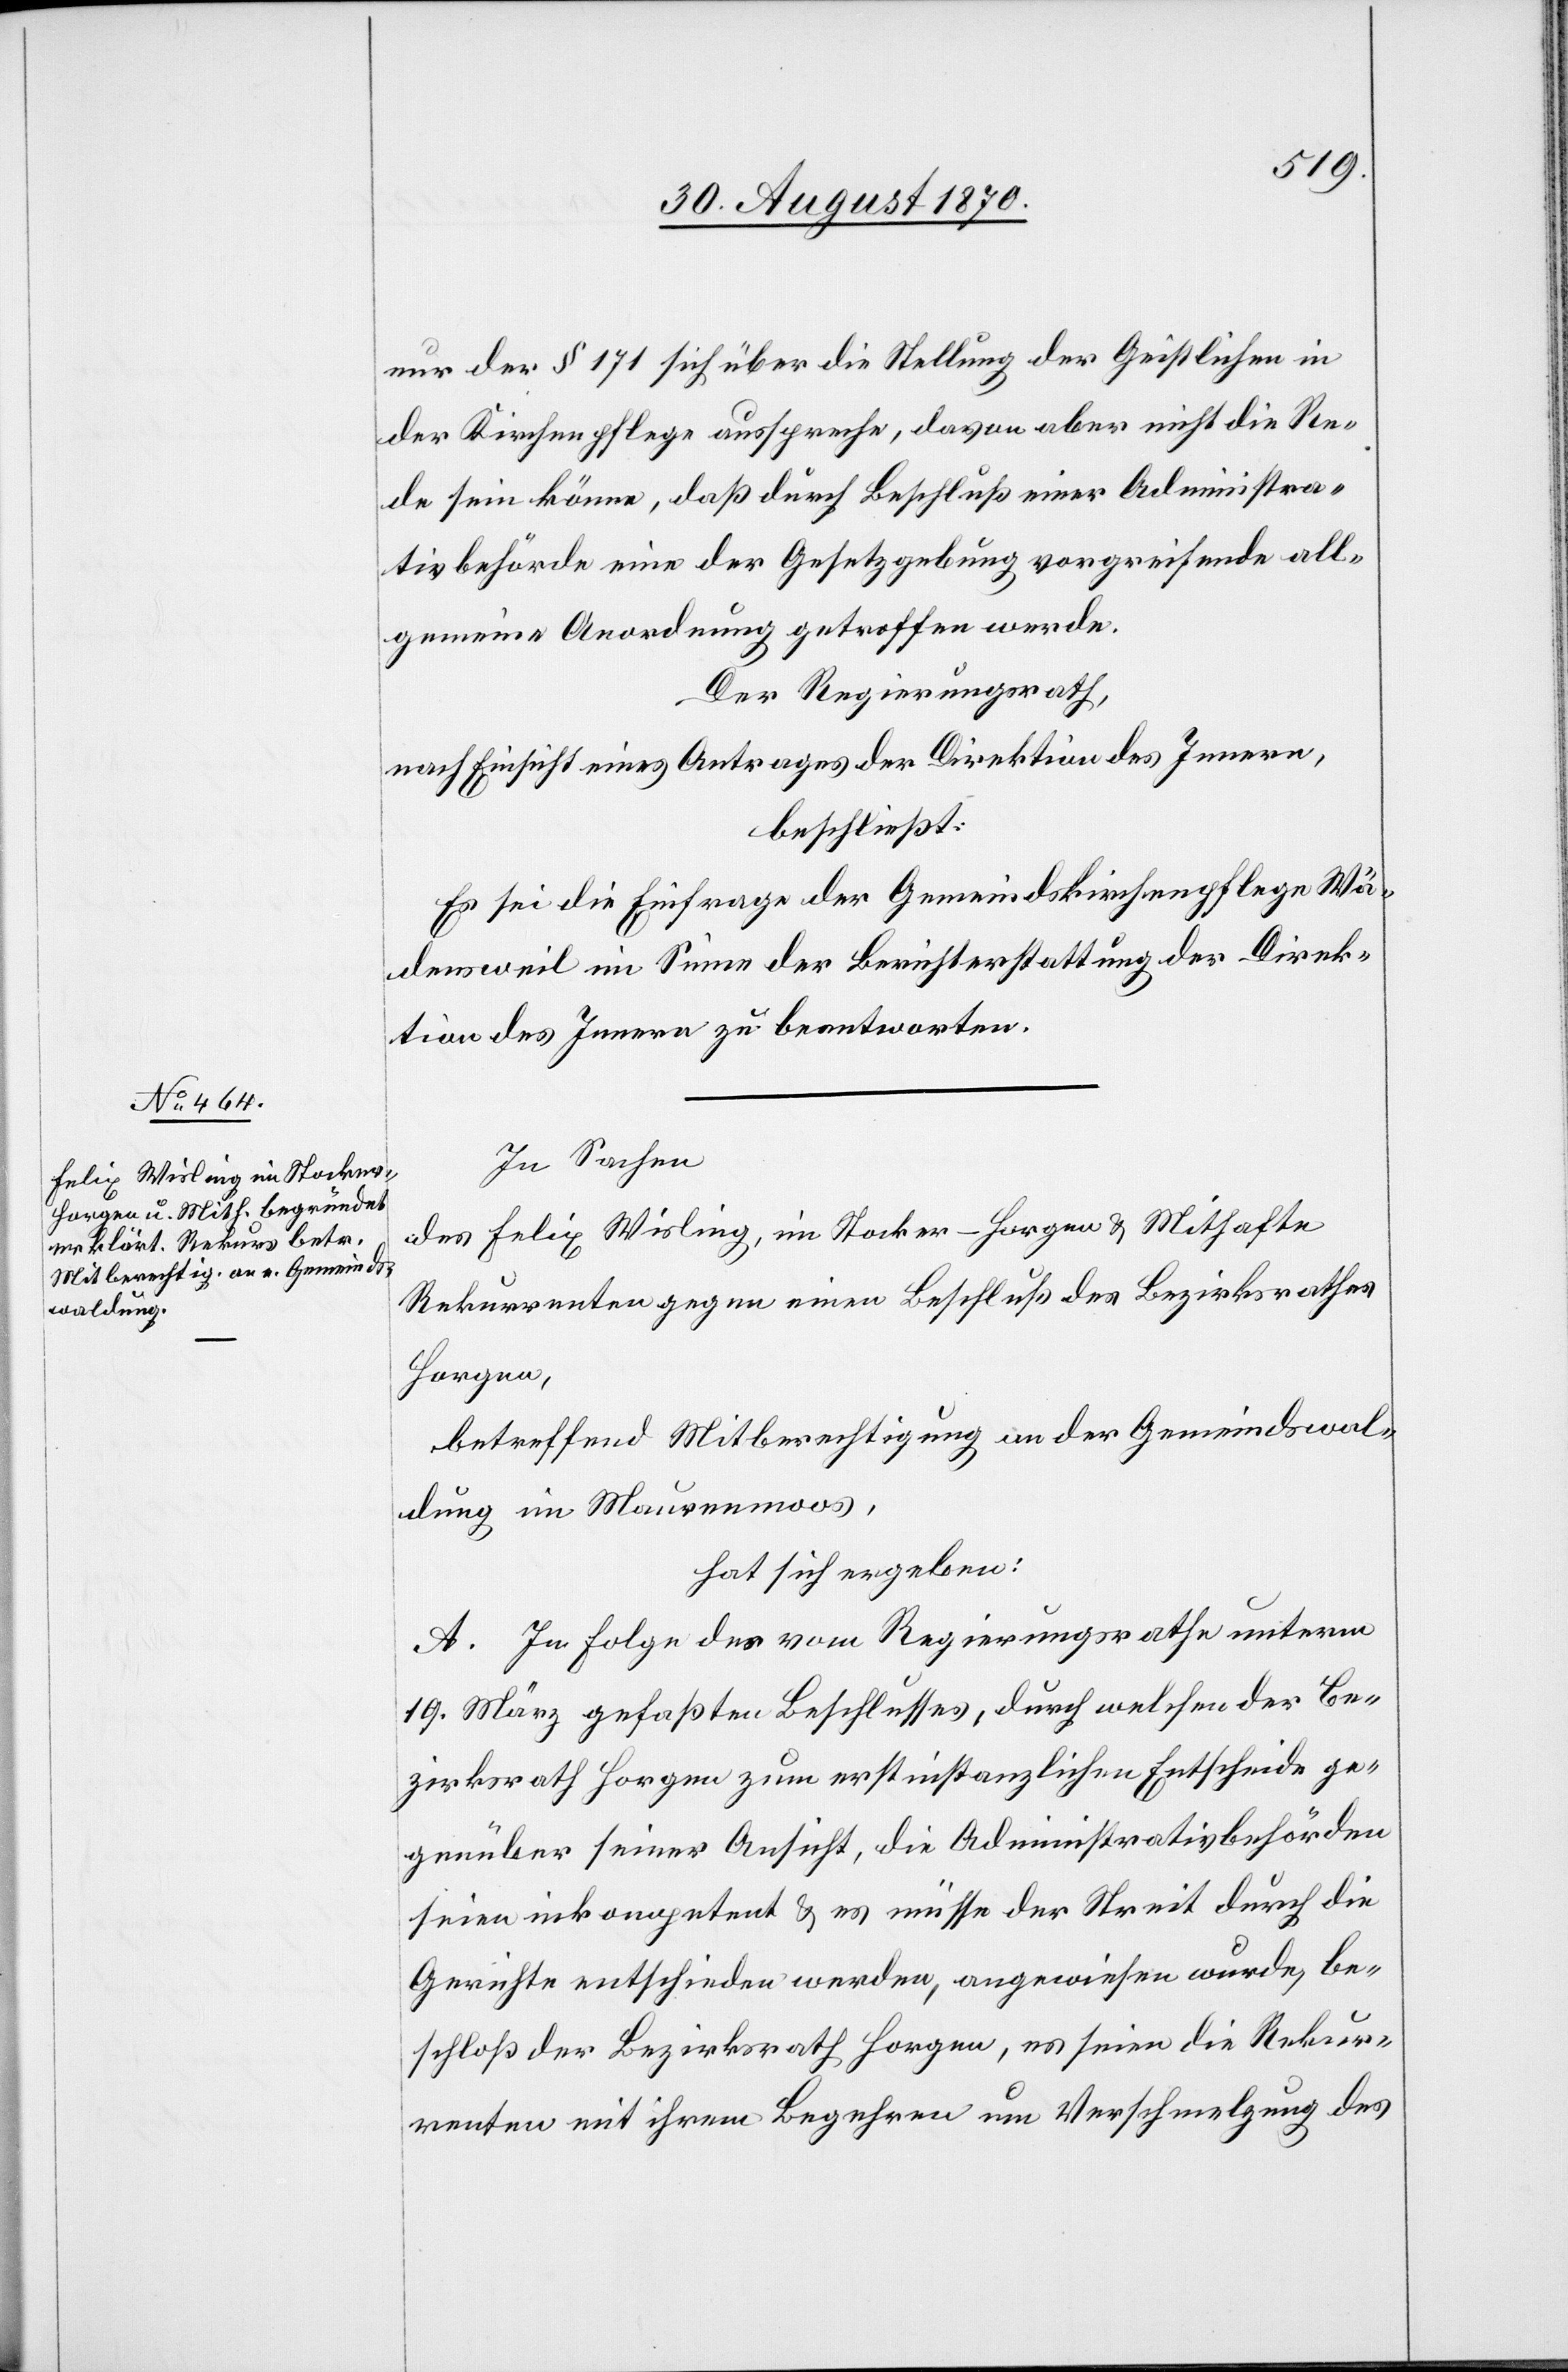
nur der § 171 sich über die Stellung der Geistlichen in
der Kirchenpflege ausspreche, davon aber nicht die Re¬
de sein könne, daß durch Beschluß einer Administra¬
tivbehörde eine der Gesetzgebung vorgreifende all¬
gemeine Anordnung getroffen werde.
Der Regierungsrath,
nach Einsicht eines Antrages der Direktion des Innern,
beschließt:
Es sei die Einfrage der Gemeindskirchenpflege Wä¬
densweil im Sinne der Berichterstattung der Direk¬
tion des Innern zu beantworten.
In Sachen
des Felix Wisling, im Stocker - Horgen & Mithafte[,]
Rekurrenten gegen einen Beschluß des Bezirksrathes
Horgen,
betreffend Mitberechtigung an der Gemeindswal¬
dung im Maurenmoos,
hat sich ergeben:
A. In Folge des vom Regierungsrathe unterm
19. März gefaßten Beschlusses, durch welchen der Be¬
zirksrath Horgen zum erstinstanzlichen Entscheide ge¬
genüber seiner Ansicht, die Administrativbehörden
seien inkompetent & es müsse der Streit durch die
Gerichte entschieden werden, angewiesen wurde, be¬
schloß der Bezirksrath Horgen, es seien die Rekur¬
renten mit ihrem Begehren um Verschmelzung des